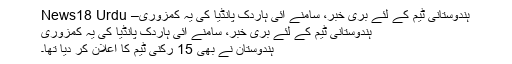
ہندوستانی ٹیم کے لئے بری خبر، سامنے آئی ہاردک پانڈیا کی یہ کمزوری– News18 Urdu
ہندوستانی ٹیم کے لئے بری خبر، سامنے آئی ہاردک پانڈیا کی یہ کمزوری
ہندوستان نے بھی 15 رکنی ٹیم کا اعلان کر دیا تھا۔